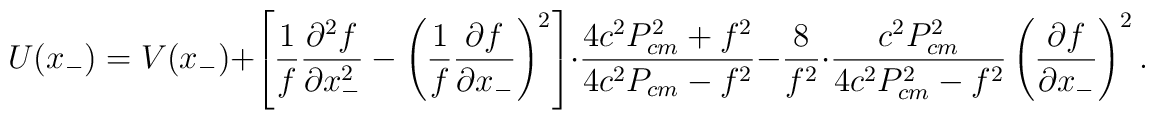
U(x_{-}) = V(x_{-}) + \left[ \frac{1}{f} \frac{{\partial}^2f}{{\partial}x_{-}^2} - \left(\frac{1}{f} \frac{{\partial}f}{{\partial}x_{-}}\right)^2 \right] \cdot \frac{4c^2P_{cm}^2 + f^2}{4c^2P_{cm} - f^2} - \frac{8}{f^2} \cdot \frac{c^2P_{cm}^2}{4c^2P_{cm}^2 - f^2} \left(\frac{{\partial}f}{{\partial}x_{-}}\right)^2.